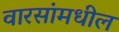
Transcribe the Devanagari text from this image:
वारसांमधील